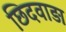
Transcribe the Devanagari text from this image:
छिदवाड़ा